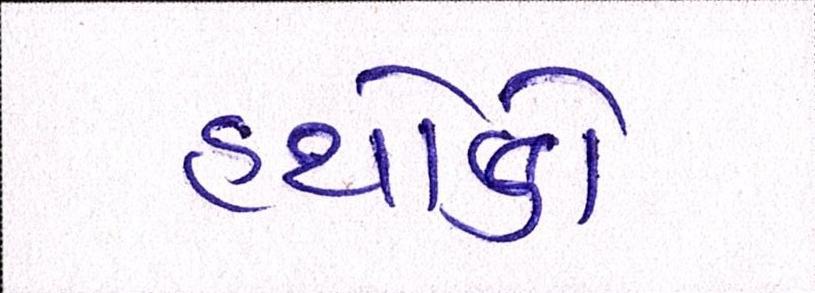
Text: હથોડો